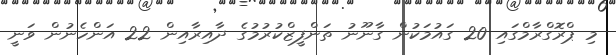
މި ޕްރޮގްރާމްގައި 20 ގައުމަކުން ގާނޫނު ތަންފީޒްކުރުމުގެ ދާއިރާއިން 22 އަންހެނުން ވަނީ